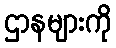
ဌာနများကို